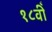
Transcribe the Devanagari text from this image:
१८वीँ